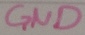
Text: GND